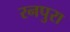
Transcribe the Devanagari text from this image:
रनपुरा